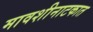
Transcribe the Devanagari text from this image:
मावशीनाटकात